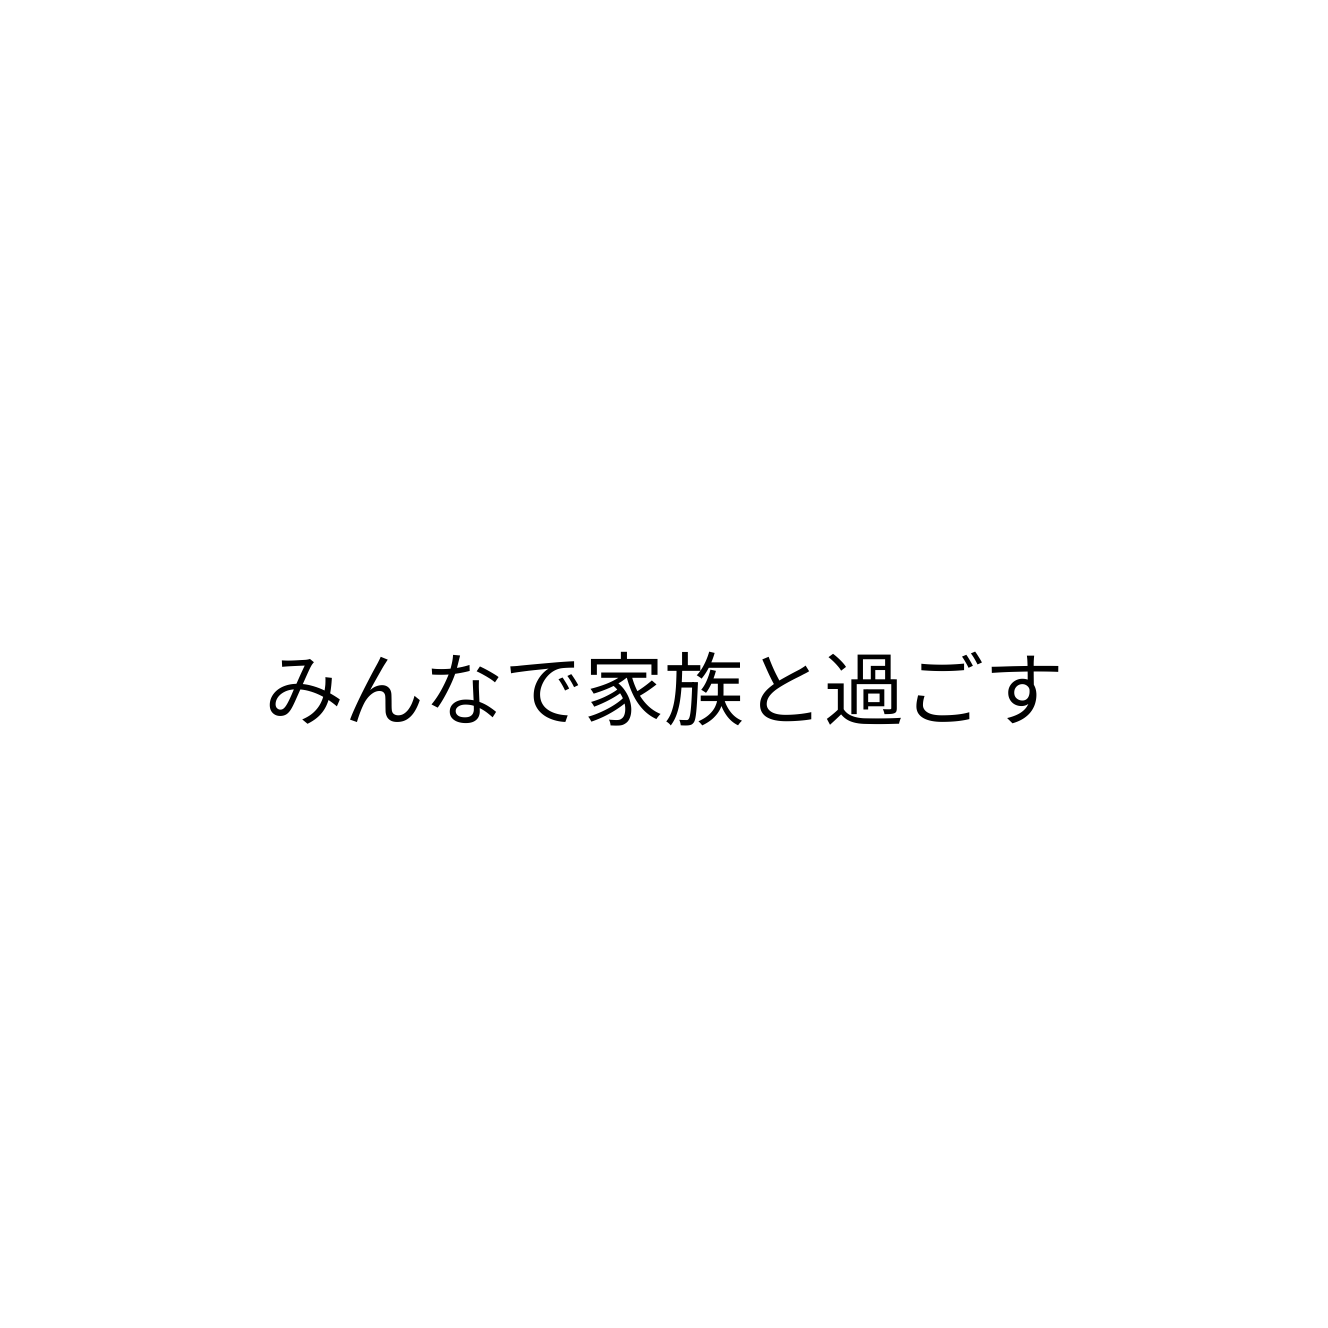
みんなで家族と過ごす